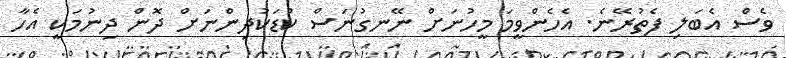
ވެސް އެބަލި ފެތުރޭނެ. އެހެންވީމަ މީހުނަށް ނޭނގުނަސް ކުޑަކުދިންނަށް ދޮން ދިނުމަކީ އެހާ